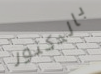
بالدكتور